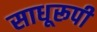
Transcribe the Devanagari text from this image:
साधूरूपी